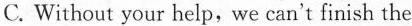
C. Without your help, we can't finish the